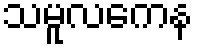
သမူလကေန